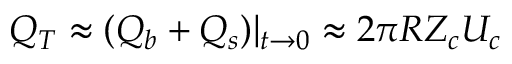
Q _ { T } \approx ( Q _ { b } + Q _ { s } ) | _ { t \rightarrow 0 } \approx 2 \pi R Z _ { c } U _ { c }